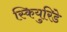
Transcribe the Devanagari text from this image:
स्कियुरिडे